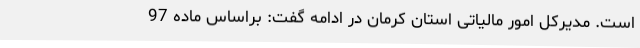
است. مدیرکل امور مالیاتی استان کرمان در ادامه گفت: براساس ماده 97